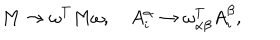
LaTeX: M \rightarrow \omega ^ { T } M \omega , \quad A _ { i } ^ { \alpha } \rightarrow \omega _ { \alpha \beta } ^ { T } A _ { i } ^ { \beta } ,